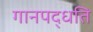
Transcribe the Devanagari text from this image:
गानपद्धति